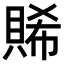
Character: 𧶖